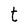
Character: t